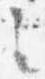
々